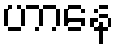
ဟာနေ